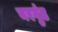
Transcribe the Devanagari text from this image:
नरगुंड